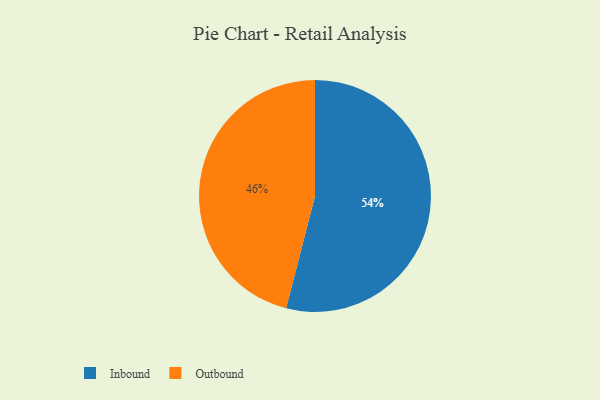
{"axis": {"x": "Category", "y": "Percentage"}, "legend": ["Inbound", "Outbound"], "data": [{"x": "Outbound", "y": 46, "type": "Outbound"}, {"x": "Inbound", "y": 54, "type": "Inbound"}]}